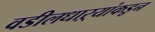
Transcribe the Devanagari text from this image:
वडीलधाऱ्यांकडून